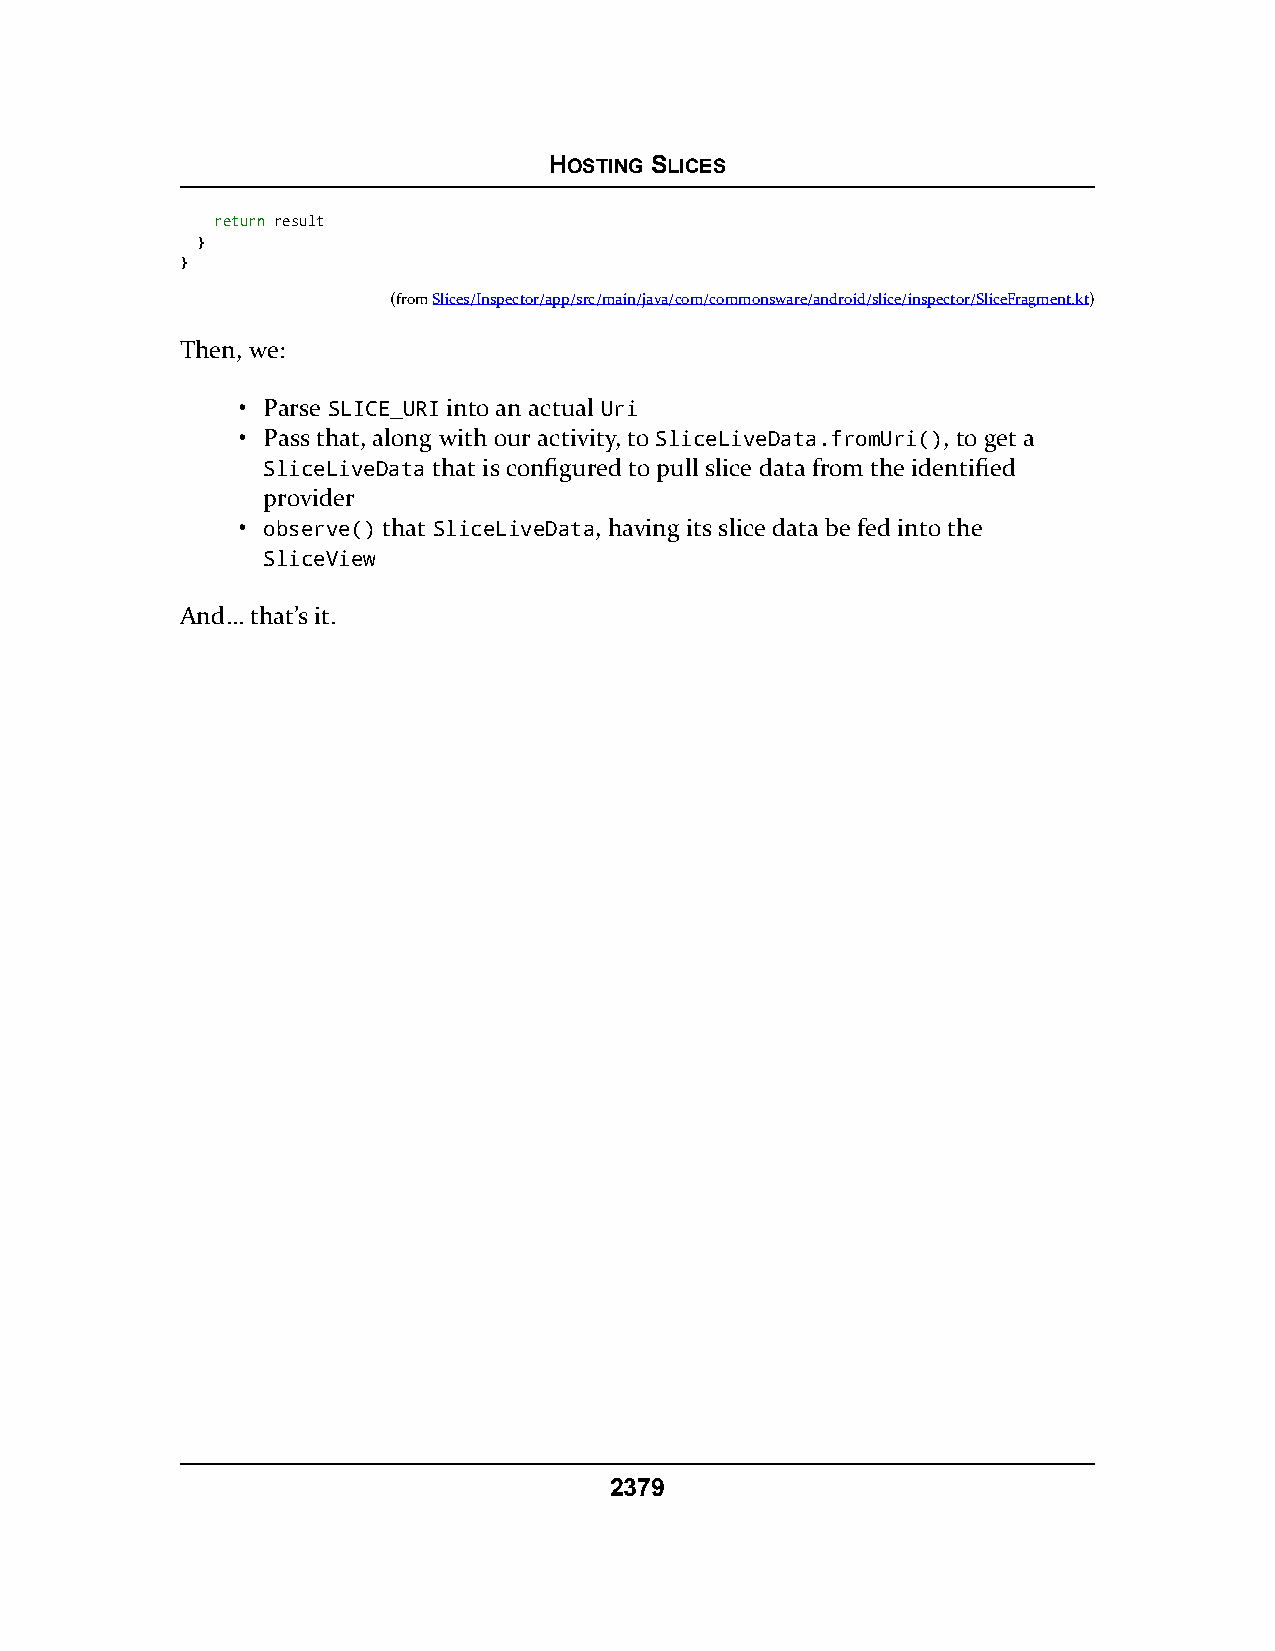
HOSTING SLICES
 rreettuurrnn result
 }
 }
 (fromSlices/Inspector/app/src/main/java/com/commonsware/android/slice/inspector/SliceFragment.kt)
 Then, we:
 • Parse SLICE_URI into an actual Uri
 • Pass that, along with our activity, to SliceLiveData.fromUri(), to get a
 SliceLiveData that is configured to pull slice data from the identified
 provider
 • observe() that SliceLiveData, having its slice data be fed into the
 SliceView
 And… that’s it.
 2379